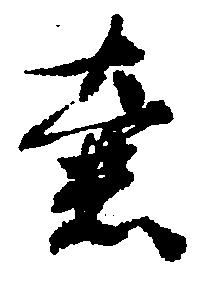
壷